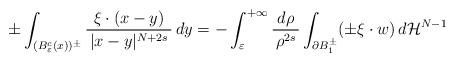
LaTeX: \begin{align*}\pm\int_{(B^c_\varepsilon(x))^\pm}\frac{\xi \cdot (x - y)}{\, |x-y|^{N+2s} \,}\,dy&=-\int_\varepsilon^{+\infty} \frac{d\rho}{\, \rho^{2s} \,}\int_{\partial B_1^\pm} (\pm\xi \cdot w) \, d{\mathcal H}^{N - 1}\end{align*}